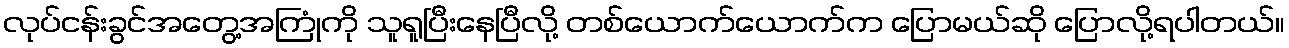
လုပ်ငန်းခွင်အတွေ့အကြုံကို သူရူပြီးနေပြီလို့ တစ်ယောက်ယောက်က ပြောမယ်ဆို ပြောလို့ရပါတယ်။